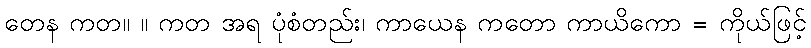
တေန ကတ။ ။ ကတ အရ ပုံစံတည်း၊ ကာယေန ကတော ကာယိကော = ကိုယ်ဖြင့်